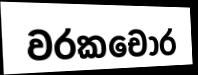
වරකචෝර